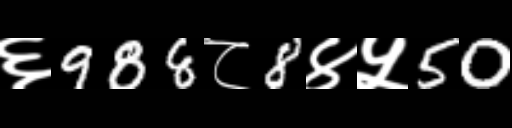
Text: ६988८8४५50